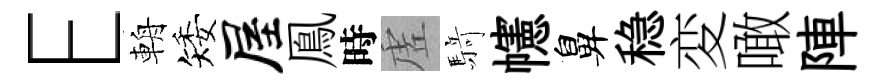
E輈矮屋鳯時虗𮪍幰鼻稳変噉陣